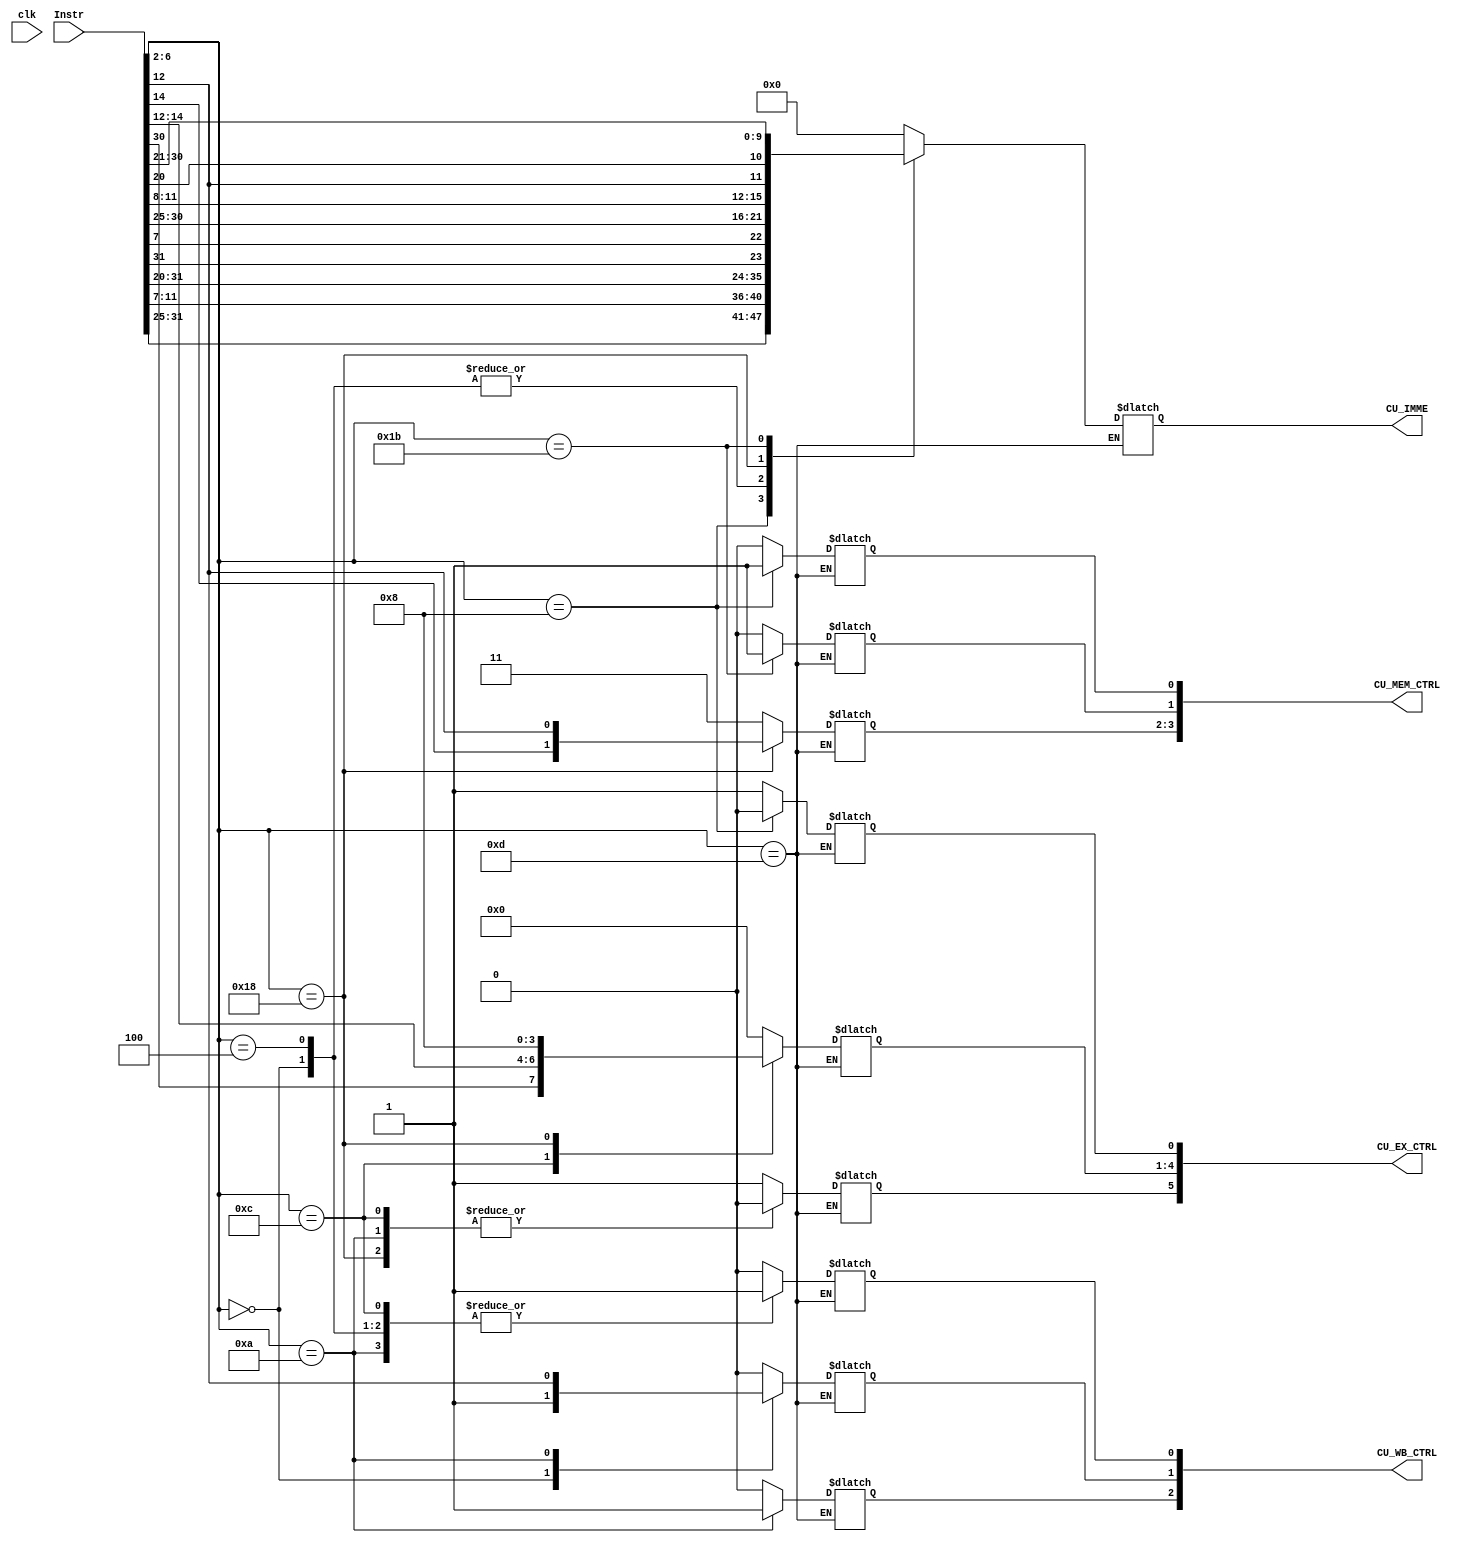
module ControlUnit(Instr,CU_EX_CTRL,CU_MEM_CTRL,CU_WB_CTRL,CU_IMME,clk);
input clk;
input [31:0] Instr;
output [5:0] CU_EX_CTRL;
output [3:0] CU_MEM_CTRL;
output [2:0] CU_WB_CTRL;
output [11:0] CU_IMME;

reg[11:0] CU_IMM;

//EX_stage control signal - 6bit
reg CU_ALUSrc;
reg [3:0]CU_ALU_OP;
reg CU_RegDst;
//MEM_stage control signal - 3bit
reg [1:0] CU_Branch;
reg CU_Jump;
reg CU_MemWrite;
//WB_stage control signal 
reg CU_MemtoReg, CU_RegWrite;
reg CU_FIFO_Info;

//control unit control signal
wire[4:0] OP_CODE;
wire[2:0] Funct3;

assign OP_CODE = Instr[6:2];
assign Funct3 = Instr[14:12];

// output signal
assign CU_EX_CTRL = {CU_ALUSrc, CU_ALU_OP, CU_RegDst};

assign CU_MEM_CTRL = {CU_Branch,CU_Jump,CU_MemWrite};

assign CU_WB_CTRL = {CU_FIFO_Info, CU_MemtoReg, CU_RegWrite};

assign CU_IMME = CU_IMM;

always @(*)

begin
  case(OP_CODE)
  5'b00000: //LW neglect Funct3, do load double
  begin
    CU_IMM = Instr[31:20];
    CU_ALUSrc = 1; //Rs+Rt
    CU_ALU_OP = 4'b0000; //ALU add
    CU_RegDst = 1;
    CU_MemWrite = 0;
    CU_Branch = 2'b11;
    CU_Jump = 0;
    CU_MemtoReg = 1; //ALU value
    CU_RegWrite = 1;
	 CU_FIFO_Info = 0; //choose Rge wr source: 0_Mem, 1_FIFO reg

  end

  5'b01000: //SW neglect Funct3, do store double
  begin
    CU_IMM = {Instr[31:25], Instr[11:7]};
    CU_ALUSrc = 1; //Rs+IME    
    CU_ALU_OP = 4'b0000; //ALU add
    CU_RegDst = 0;
    CU_MemWrite = 1;
    CU_Branch = 2'b11;
    CU_Jump = 0;
    CU_MemtoReg = 0; //ALU value
    CU_RegWrite = 0;
	 CU_FIFO_Info = 0; //choose Rge wr source: 0_Mem, 1_FIFO reg
  end

  5'b00100: //I-type ADDI
  begin
    CU_IMM = Instr[31:20];
    CU_ALUSrc = 1;
    CU_ALU_OP = 4'b0000; //ALU add
    CU_RegDst = 1;
    CU_MemWrite = 0;
    CU_Branch = 2'b11;
    CU_Jump = 0;
    CU_MemtoReg = 0; //ALU value
    CU_RegWrite = 1;
	 CU_FIFO_Info = 0; //choose Rge wr source: 0_Mem, 1_FIFO reg
  end

  5'b01100://R_type
  begin
    CU_IMM = 12'b0000_0000_0000; 
    CU_ALUSrc = 0; //Rs+Rt
    CU_ALU_OP = {Instr[30],Instr[14:12]};
    CU_RegDst = 1;
    CU_MemWrite = 0;
    CU_Branch = 2'b11;
    CU_Jump = 0;
    CU_MemtoReg = 0; //ALU value
    CU_RegWrite = 1;
	 CU_FIFO_Info = 0; //choose Rge wr source: 0_Mem, 1_FIFO reg
  end
  
  5'b01101:
  begin
    
  end

  5'b11000://BEQ BNE BLT
  begin
    CU_IMM = {Instr[31],Instr[7],Instr[30:25],Instr[11:8]};
    CU_ALUSrc = 0; //rs rt
    CU_ALU_OP = 4'b1000; //---
    CU_RegDst = 1; //---
    CU_MemWrite = 0;
    CU_Branch = {Instr[14],Instr[12]};
    CU_Jump = 0;
    CU_MemtoReg = 0; //ALU value
    CU_RegWrite = 0;
	 CU_FIFO_Info = 0; //choose Rge wr source: 0_Mem, 1_FIFO reg
  end

  5'b11011://JUMP
  begin
  //only use lower 12 bit
    CU_IMM = {Instr[12],Instr[20],Instr[30:21]};// Instr[31],Instr[19:12],Instr[20],Instr[30:21]  [20:1]
    CU_ALUSrc = 1;
    CU_ALU_OP = 4'b0000;
    CU_RegDst = 1;
    CU_MemWrite = 0;
    CU_Branch = 2'b11;
    CU_Jump = 1;
    CU_MemtoReg = 0; //ALU value
    CU_RegWrite = 0;
	 CU_FIFO_Info = 0; //choose Rge wr source: 0_Mem, 1_FIFO reg
  end
  
  5'b01010://Load FIFO head/tail
  begin
	 CU_IMM = 12'b0000_0000_0000; 
    CU_ALUSrc = 0; //Rs+Rt
    CU_ALU_OP = 4'b0000;
    CU_RegDst = 1;
    CU_MemWrite = 0;
    CU_Branch = 2'b11;
    CU_Jump = 0;
    CU_MemtoReg = Instr[12]; //choose FIFO reg source: 0_head, 1_tail
    CU_RegWrite = 1;
	CU_FIFO_Info = 1; //choose Rge wr source: 0_Mem, 1_FIFO reg
  end

  default:
  begin
    CU_IMM = 12'b0000_0000_0000;// Instr[31],Instr[19:12],Instr[20],Instr[30:21]  [20:1]
    CU_ALUSrc = 1;
    CU_ALU_OP = 4'b0000;
    CU_RegDst = 1;
    CU_MemWrite = 0;
    CU_Branch = 2'b11;
    CU_Jump = 0;
    CU_MemtoReg = 0; //ALU value
    CU_RegWrite = 0;
	 CU_FIFO_Info = 0; //choose Rge wr source: 0_Mem, 1_FIFO reg
  
  end

endcase

end
endmodule